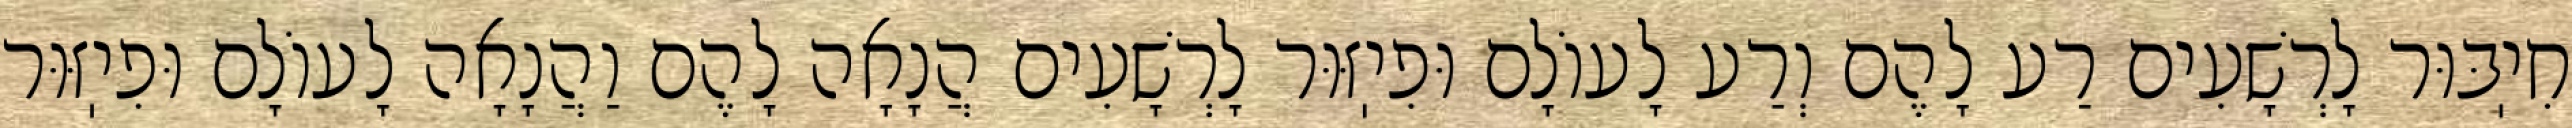
חִיֽבּוּר לָרְשָׁעִים רַע לָהֶם וְרַע לָעוֹלָם וּפִיֽזּוּר לָרְשָׁעִים הֲנָאָה לָהֶם וַהֲנָאָה לָעוֹלָם וּפִיֽזּוּר